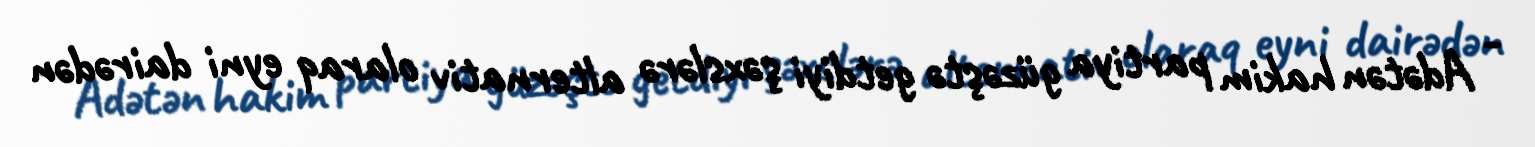
- Adətən hakim partiya güzəştə getdiyi şəxslərə alternativ olaraq eyni dairədən